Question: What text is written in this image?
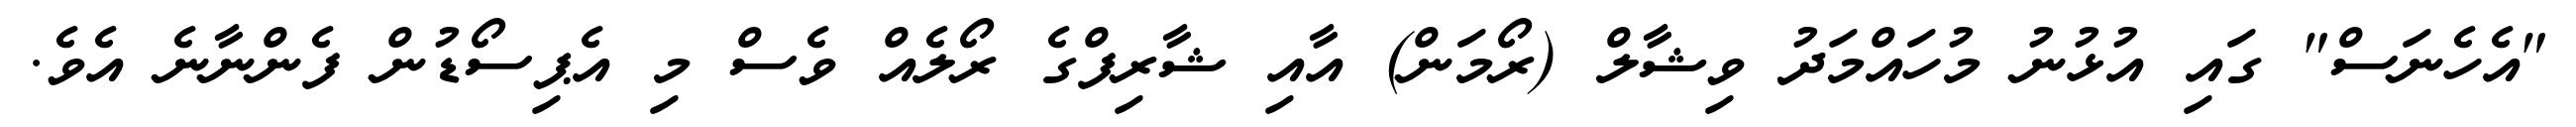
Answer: "އެހެނަސް" ގައި އުޅުނު މުހައްމަދު ވިޝާލް (ރޯމަން) އާއި ޝާރިފްގެ ރޯލެއް ވެސް މި އެޕިސޯޑުން ފެންނާނެ އެވެ.